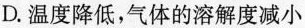
D.温度降低，气体的溶解度减小